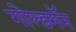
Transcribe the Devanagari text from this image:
गोल्डमॅन